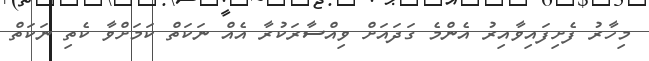
މިހާރު ފެށިފައިވާއިރު އެންމެ ގަދައަށް ވިއްސާރަކުރާ އެއް ނަކަތް ކަމަށްވާ ކެތި ނަކަތް